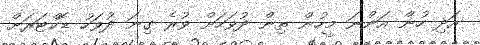
އަދި ހުން އަންނަ މީހުން ތިން ދުވަހަށް ވުރެ ގިނަ ދުވަހު ޑޮކްޓަރަށް